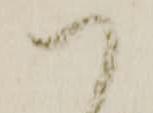
可